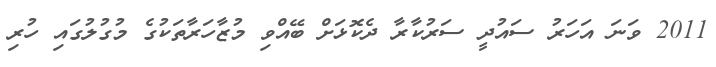
2011 ވަނަ އަހަރު ސައުދީ ސަރުކާރާ ދެކޮޅަށް ބޭއްވި މުޒާހަރާތަކުގެ މުގުލުގައި ހުރި